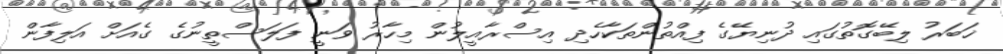
ޚަބަރު ލިބޭގޮތުގައި ދުނިޔޭގެ ފިއްތުންތަކާހެދި އިސްރާއީލުން މިހާރު ވަނީ ފަލަސްތީނުގެ ގެއަށް އަލިފާން